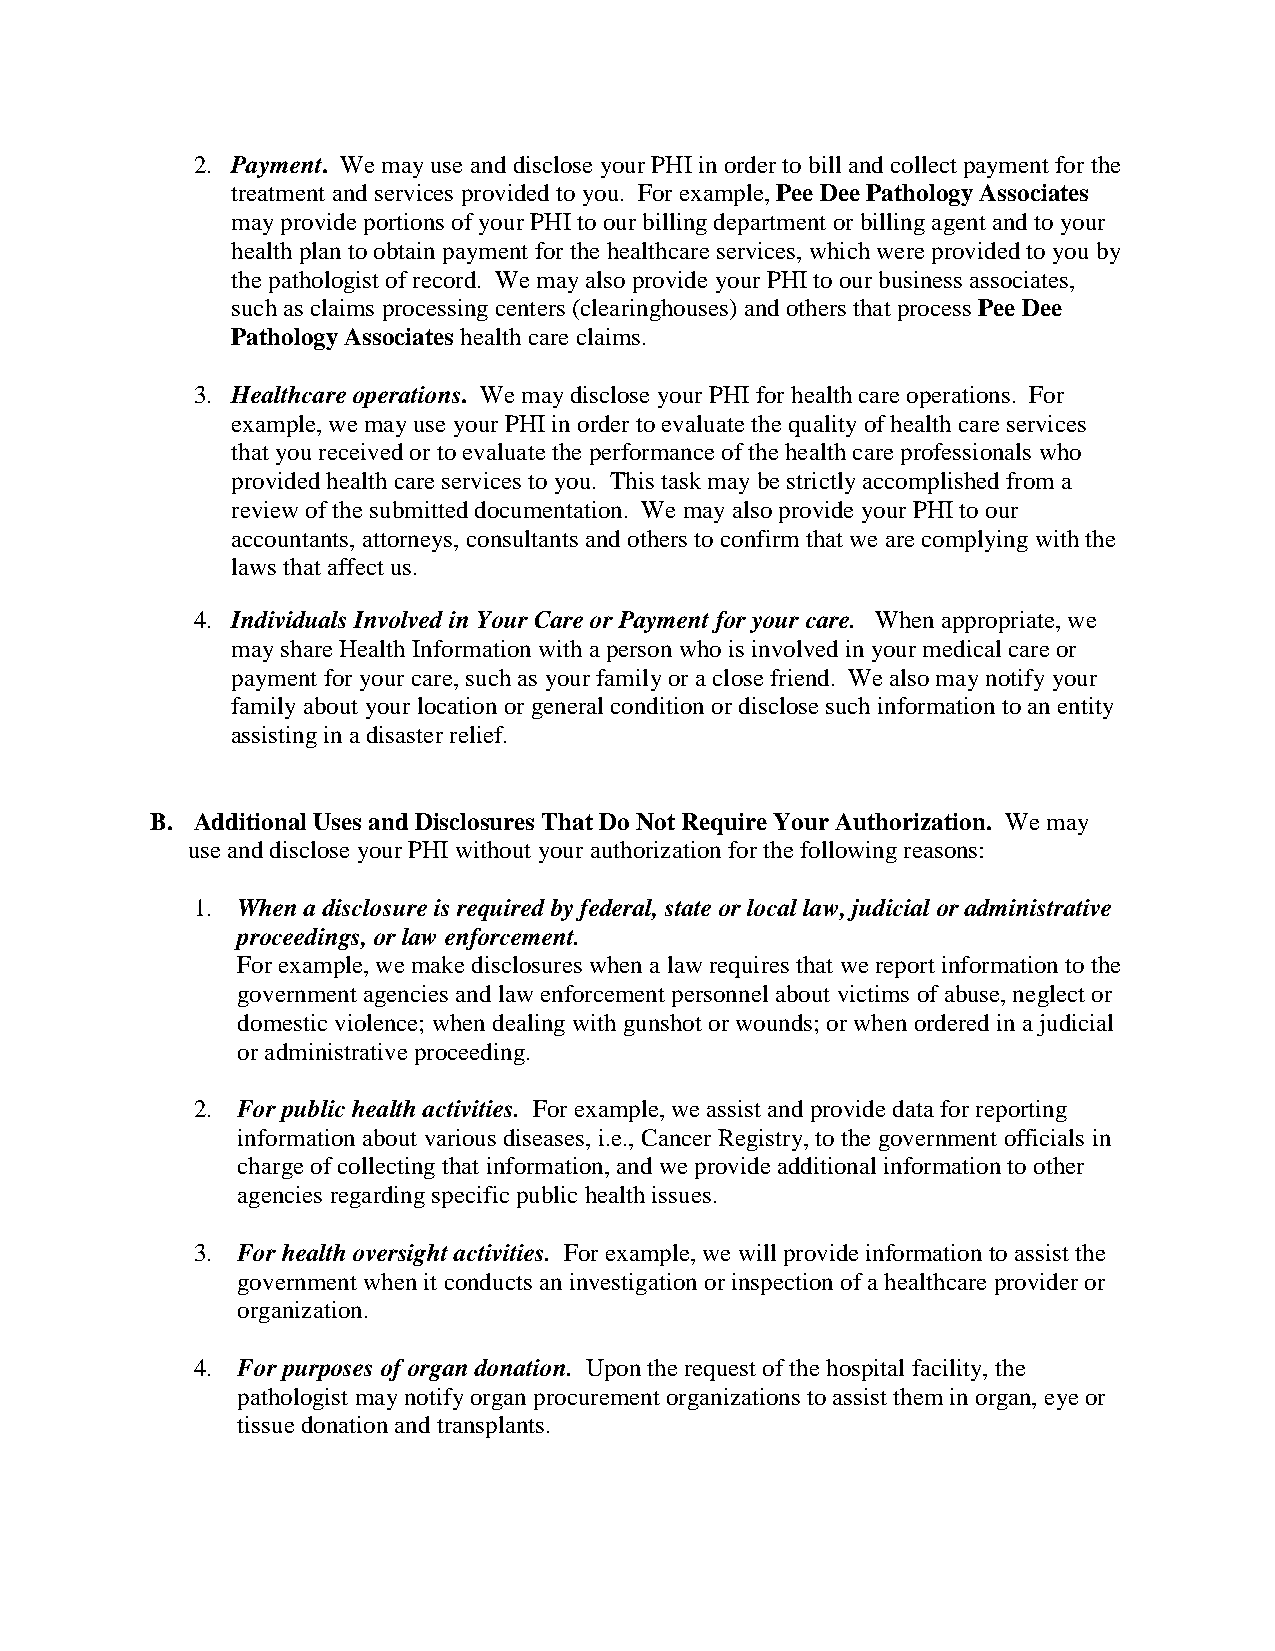
2. Payment. We may use and disclose your PHI in order to bill and collect payment for the
 treatment and services provided to you. For example, Pee Dee Pathology Associates
 may provide portions of your PHI to our billing department or billing agent and to your
 health plan to obtain payment for the healthcare services, which were provided to you by
 the pathologist of record. We may also provide your PHI to our business associates,
 such as claims processing centers (clearinghouses) and others that process Pee Dee
 Pathology Associates health care claims.
 3. Healthcare operations. We may disclose your PHI for health care operations. For
 example, we may use your PHI in order to evaluate the quality of health care services
 that you received or to evaluate the performance of the health care professionals who
 provided health care services to you. This task may be strictly accomplished from a
 review of the submitted documentation. We may also provide your PHI to our
 accountants, attorneys, consultants and others to confirm that we are complying with the
 laws that affect us.
 4. Individuals Involved in Your Care or Payment for your care. When appropriate, we
 may share Health Information with a person who is involved in your medical care or
 payment for your care, such as your family or a close friend. We also may notify your
 family about your location or general condition or disclose such information to an entity
 assisting in a disaster relief.
 B. Additional Uses and Disclosures That Do Not Require Your Authorization. We may
 use and disclose your PHI without your authorization for the following reasons:
 1. When a disclosure is required by federal, state or local law, judicial or administrative
 proceedings, or law enforcement.
 For example, we make disclosures when a law requires that we report information to the
 government agencies and law enforcement personnel about victims of abuse, neglect or
 domestic violence; when dealing with gunshot or wounds; or when ordered in a judicial
 or administrative proceeding.
 2. For public health activities. For example, we assist and provide data for reporting
 information about various diseases, i.e., Cancer Registry, to the government officials in
 charge of collecting that information, and we provide additional information to other
 agencies regarding specific public health issues.
 3. For health oversight activities. For example, we will provide information to assist the
 government when it conducts an investigation or inspection of a healthcare provider or
 organization.
 4. For purposes of organ donation. Upon the request of the hospital facility, the
 pathologist may notify organ procurement organizations to assist them in organ, eye or
 tissue donation and transplants.